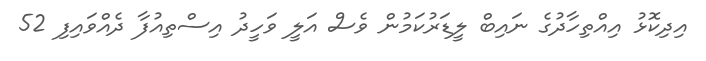
އިދިކޮޅު އިއްތިހާދުގެ ނައިބް ލީޑަރުކަމުން ވެސް އަލީ ވަހީދު އިސްތިއުފާ ދެއްވައިފި 52